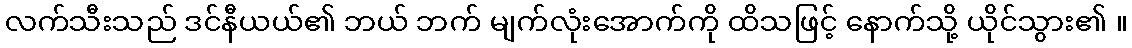
လက်သီးသည် ဒင်နီယယ်၏ ဘယ် ဘက် မျက်လုံးအောက်ကို ထိသဖြင့် နောက်သို့ ယိုင်သွား၏ ။